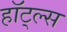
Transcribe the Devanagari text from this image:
हॉट्ल्स